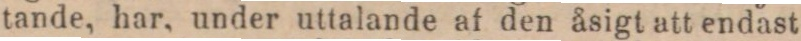
tande, har, under uttalande af den åsigt att endast